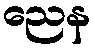
ညေန